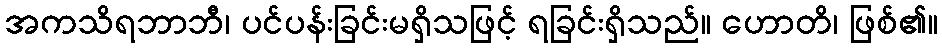
အကသိရဘာဘီ၊ ပင်ပန်းခြင်းမရှိသဖြင့် ရခြင်းရှိသည်။ ဟောတိ၊ ဖြစ်၏။